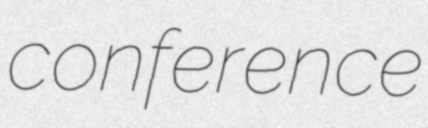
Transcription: conference